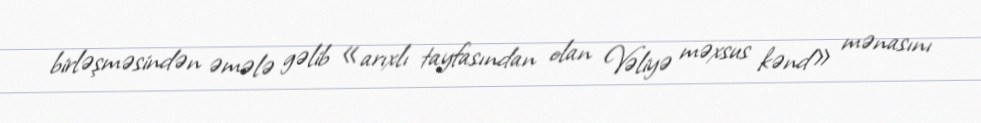
birləşməsindən əmələ gəlib «arıxlı tayfasından olan Vəliyə məxsus kənd» mənasını